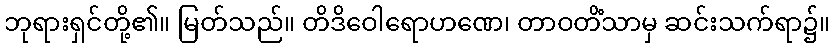
ဘုရားရှင်တို့၏။ မြတ်သည်။ တိဒိဝေါရောဟဏေ၊ တာဝတိံသာမှ ဆင်းသက်ရာ၌။